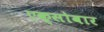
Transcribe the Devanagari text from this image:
एक्सोबार